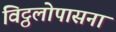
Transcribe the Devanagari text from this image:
विट्ठलोपासना